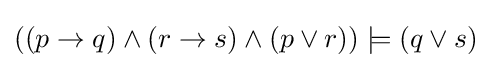
((p\to q)\land (r\to s)\land (p\lor r))\models (q\lor s)